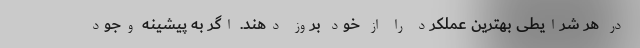
در هر شرایطی بهترین عملکرد را از خود بروز دهند. اگر به پیشینه وجود